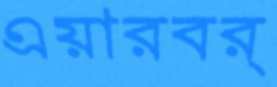
এয়ারবর্